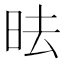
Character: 㫢